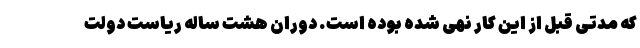
که مدتی قبل از این کار نهی شده بوده است. دوران هشت ساله ریاست دولت